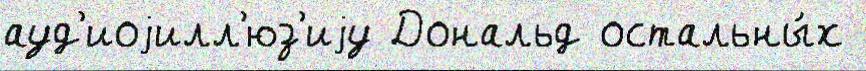
ауд'иоjилл'юз'иjу Дональд остальны́х